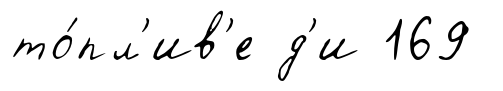
то́пл'ив'е д'и 169